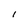
Character: l